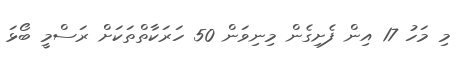
މި މަހު 17 އިން ފެށިގެން މިނިވަން 50 ހަރަކާތްތަކަށް ރަސްމީ ބޯޅަ